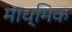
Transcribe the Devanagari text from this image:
माध्मिक